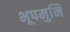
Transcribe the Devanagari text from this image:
भूपमुनि